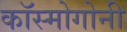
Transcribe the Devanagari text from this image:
कॉस्मोगोनी